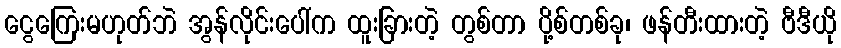
ငွေကြေးမဟုတ်ဘဲ အွန်လိုင်းပေါ်က ထူးခြားတဲ့ တွစ်တာ ပို့စ်တစ်ခု၊ ဖန်တီးထားတဲ့ ဗီဒီယို